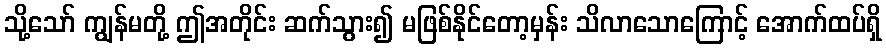
သို့သော် ကျွန်မတို့ ဤအတိုင်း ဆက်သွား၍ မဖြစ်နိုင်တော့မှန်း သိလာသောကြောင့် အောက်ထပ်ရှိ